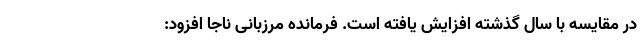
در مقایسه با سال گذشته افزایش یافته است. فرمانده مرزبانی ناجا افزود: